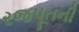
રજપૂતની